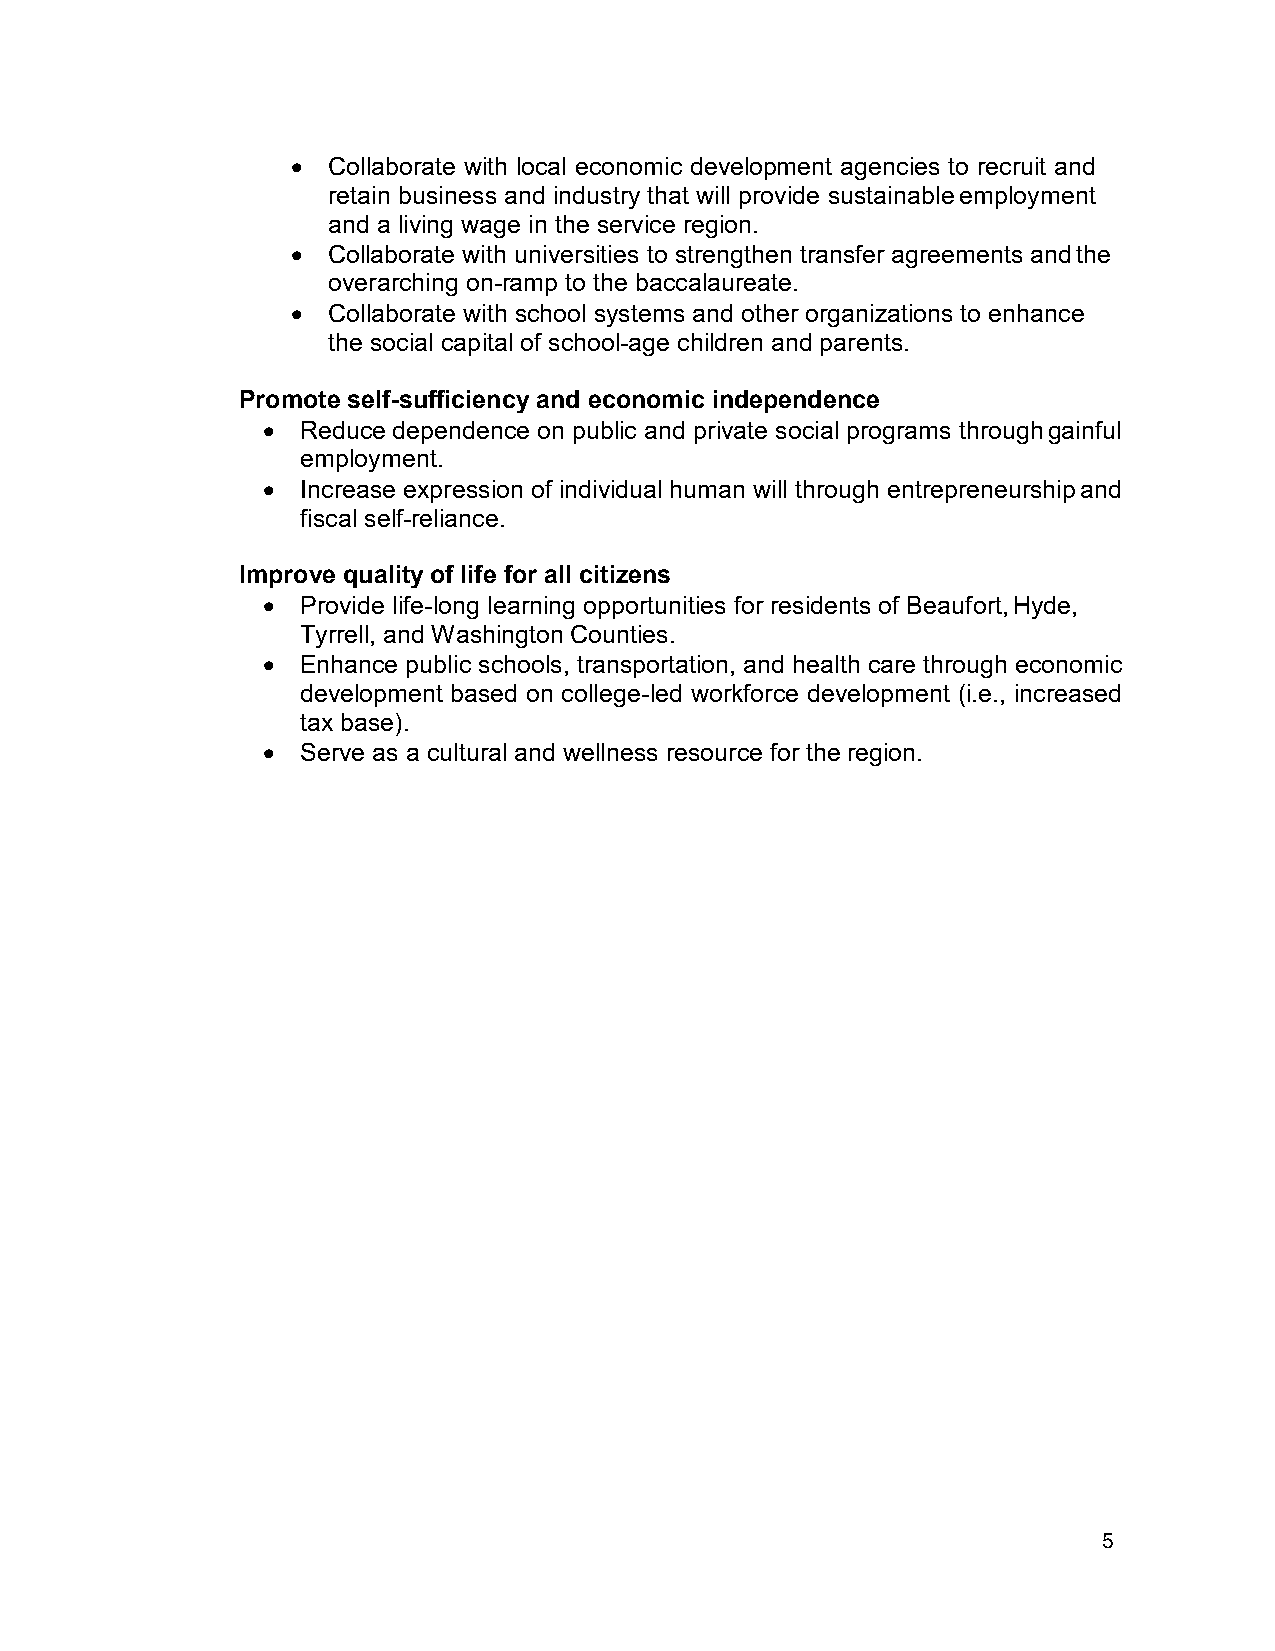
•  Collaborate with local economic development agencies to recruit and
 retain business and industry that will provide sustainable employment
 and a living wage in the service region.
 •  Collaborate with universities to strengthen transfer agreements and the
 overarching on-ramp to the baccalaureate.
 •  Collaborate with school systems and other organizations to enhance
 the social capital of school-age children and parents.
 Promote self-sufficiency and economic independence
 •  Reduce dependence on public and private social programs through gainful
 employment.
 •  Increase expression of individual human will through entrepreneurship and
 fiscal self-reliance.
 Improve quality of life for all citizens
 •  Provide life-long learning opportunities for residents of Beaufort, Hyde,
 Tyrrell, and Washington Counties.
 •  Enhance public schools, transportation, and health care through economic
 development based on college-led workforce development (i.e., increased
 tax base).
 •  Serve as a cultural and wellness resource for the region.
 5